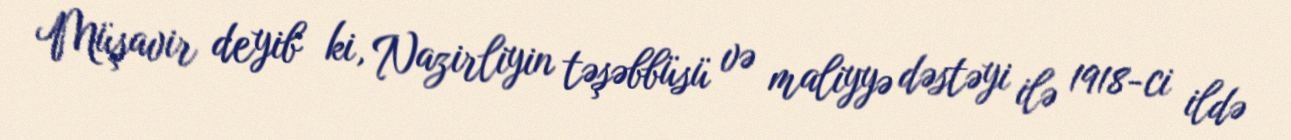
Müşavir deyib ki, Nazirliyin təşəbbüsü və maliyyə dəstəyi ilə 1918-ci ildə